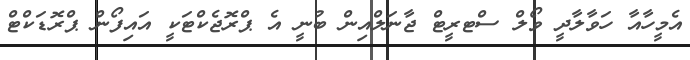
އެމީހާއާ ހަވާލާދީ ވޯލް ސްޓރީޓް ޖާނަލްއިން ބުނީ އެ ޕްރޮޖެކްޓަކީ އައިފޯން ޕްރޮޑަކްޓް